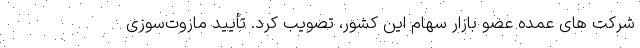
شرکت های عمده عضو بازار سهام این کشور، تصویب کرد. تأیید مازوت‌سوزی